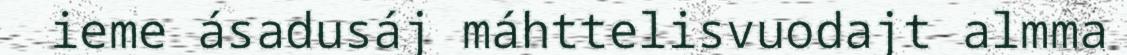
ieme ásadusáj máhttelisvuodajt almma